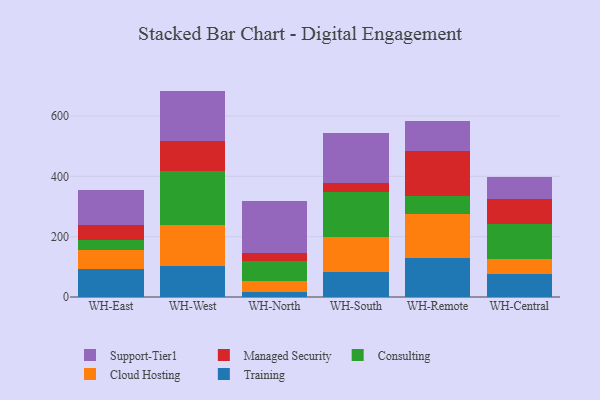
{"axis": {"x": "Warehouse", "y": "Population (Million)"}, "legend": ["Cloud Hosting", "Consulting", "Managed Security", "Support-Tier1", "Training"], "data": [{"x": "WH-East", "y": 94.3, "type": "Training"}, {"x": "WH-East", "y": 62.2, "type": "Cloud Hosting"}, {"x": "WH-East", "y": 32.7, "type": "Consulting"}, {"x": "WH-East", "y": 50.7, "type": "Managed Security"}, {"x": "WH-East", "y": 116.4, "type": "Support-Tier1"}, {"x": "WH-West", "y": 103.2, "type": "Training"}, {"x": "WH-West", "y": 136.5, "type": "Cloud Hosting"}, {"x": "WH-West", "y": 178.7, "type": "Consulting"}, {"x": "WH-West", "y": 100.0, "type": "Managed Security"}, {"x": "WH-West", "y": 164.9, "type": "Support-Tier1"}, {"x": "WH-North", "y": 17.9, "type": "Training"}, {"x": "WH-North", "y": 36.4, "type": "Cloud Hosting"}, {"x": "WH-North", "y": 64.3, "type": "Consulting"}, {"x": "WH-North", "y": 26.1, "type": "Managed Security"}, {"x": "WH-North", "y": 172.5, "type": "Support-Tier1"}, {"x": "WH-South", "y": 82.3, "type": "Training"}, {"x": "WH-South", "y": 117.8, "type": "Cloud Hosting"}, {"x": "WH-South", "y": 148.1, "type": "Consulting"}, {"x": "WH-South", "y": 30.0, "type": "Managed Security"}, {"x": "WH-South", "y": 166.9, "type": "Support-Tier1"}, {"x": "WH-Remote", "y": 127.9, "type": "Training"}, {"x": "WH-Remote", "y": 148.8, "type": "Cloud Hosting"}, {"x": "WH-Remote", "y": 57.7, "type": "Consulting"}, {"x": "WH-Remote", "y": 151.2, "type": "Managed Security"}, {"x": "WH-Remote", "y": 97.9, "type": "Support-Tier1"}, {"x": "WH-Central", "y": 75.9, "type": "Training"}, {"x": "WH-Central", "y": 49.5, "type": "Cloud Hosting"}, {"x": "WH-Central", "y": 115.2, "type": "Consulting"}, {"x": "WH-Central", "y": 84.6, "type": "Managed Security"}, {"x": "WH-Central", "y": 72.9, "type": "Support-Tier1"}]}